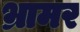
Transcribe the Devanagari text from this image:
भ्रामर